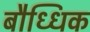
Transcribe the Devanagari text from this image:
बौध्धिक